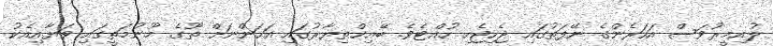
ލުއިމީރުވަސް އަހަރެންގެ ނޭފަތުގައި ޖެހިޖެހި ހުއްޓެވެ. ބޭއިޚްތިޔާރުގައި އަހަންނަށް ތޫގެ މޫނުމަތީގައި ވަޔާއިއެކު